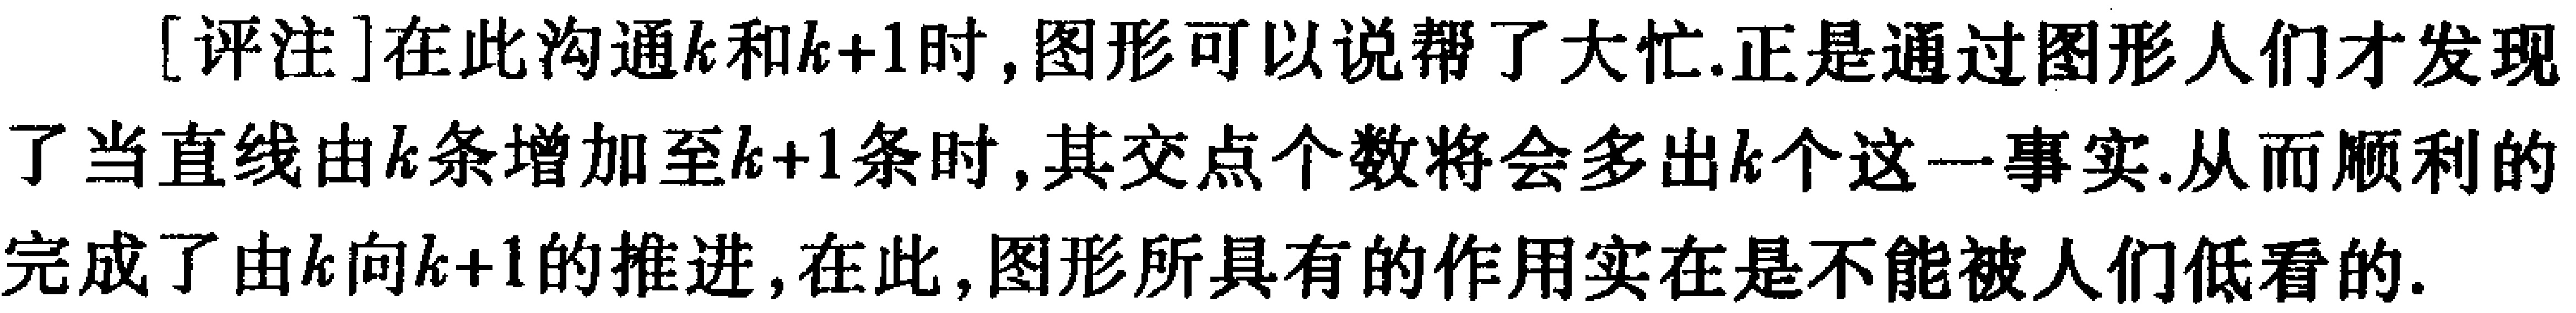
[评注]在此沟通\(k\)和\(k + 1\)时,图形可以说帮了大忙.正是通过图形人们才发现了当直线由\(k\)条增加至\(k + 1\)条时,其交点个数将会多出\(k\)个这一事实.从而顺利的完成了由\(k\)向\(k + 1\)的推进,在此,图形所具有的作用实在是不能被人们低看的.